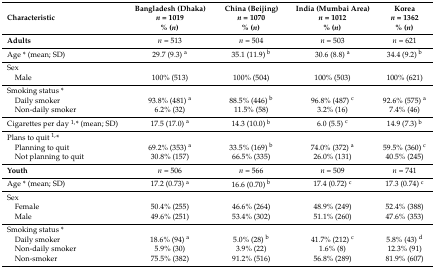
<table><thead><tr><td><b>Characteristic</b></td><td><b>Bangladesh (Dhaka)<i>n</i> = 1019% (<i>n</i>)</b></td><td><b>China (Beijing)<i>n</i> = 1070% (<i>n</i>)</b></td><td><b>India (Mumbai Area)<i>n</i> = 1012% (<i>n</i>)</b></td><td><b>Korea<i>n</i> = 1362% (<i>n</i>)</b></td></tr></thead><tbody><tr><td><b>Adults</b></td><td><i>n</i> = 513</td><td><i>n</i> = 504</td><td><i>n</i> = 503</td><td><i>n</i> = 621</td></tr><tr><td>Age * (mean; SD)</td><td>29.7 (9.3) <sup>a</sup></td><td>35.1 (11.9) <sup>b</sup></td><td>30.6 (8.8) <sup>a</sup></td><td>34.4 (9.2) <sup>b</sup></td></tr><tr><td>Sex</td><td></td><td></td><td></td><td></td></tr><tr><td> Male</td><td>100% (513)</td><td>100% (504)</td><td>100% (503)</td><td>100% (621)</td></tr><tr><td>Smoking status *</td><td></td><td></td><td></td><td></td></tr><tr><td> Daily smoker</td><td>93.8% (481) <sup>a</sup></td><td>88.5% (446) <sup>b</sup></td><td>96.8% (487) <sup>c</sup></td><td>92.6% (575) <sup>a</sup></td></tr><tr><td> Non-daily smoker</td><td>6.2% (32)</td><td>11.5% (58)</td><td>3.2% (16)</td><td>7.4% (46)</td></tr><tr><td>Cigarettes per day <sup>1,</sup>* (mean; SD)</td><td>17.5 (17.0) <sup>a</sup></td><td>14.3 (10.0) <sup>b</sup></td><td>6.0 (5.5) <sup>c</sup></td><td>14.9 (7.3) <sup>b</sup></td></tr><tr><td>Plans to quit <sup>1,</sup>*</td><td></td><td></td><td></td><td></td></tr><tr><td> Planning to quit</td><td>69.2% (353) <sup>a</sup></td><td>33.5% (169) <sup>b</sup></td><td>74.0% (372) <sup>a</sup></td><td>59.5% (360) <sup>c</sup></td></tr><tr><td> Not planning to quit</td><td>30.8% (157)</td><td>66.5% (335)</td><td>26.0% (131)</td><td>40.5% (245)</td></tr><tr><td><b>Youth</b></td><td><i>n</i> = 506</td><td><i>n</i> = 566</td><td><i>n</i> = 509</td><td><i>n</i> = 741</td></tr><tr><td>Age * (mean; SD)</td><td>17.2 (0.73) <sup>a</sup></td><td>16.6 (0.70) <sup>b</sup></td><td>17.4 (0.72) <sup>c</sup></td><td>17.3 (0.74) <sup>c</sup></td></tr><tr><td>Sex</td><td></td><td></td><td></td><td></td></tr><tr><td> Female</td><td>50.4% (255)</td><td>46.6% (264)</td><td>48.9% (249)</td><td>52.4% (388)</td></tr><tr><td> Male</td><td>49.6% (251)</td><td>53.4% (302)</td><td>51.1% (260)</td><td>47.6% (353)</td></tr><tr><td>Smoking status *</td><td></td><td></td><td></td><td></td></tr><tr><td> Daily smoker</td><td>18.6% (94) <sup>a</sup></td><td>5.0% (28) <sup>b</sup></td><td>41.7% (212) <sup>c</sup></td><td>5.8% (43) <sup>d</sup></td></tr><tr><td> Non-daily smoker</td><td>5.9% (30)</td><td>3.9% (22)</td><td>1.6% (8)</td><td>12.3% (91)</td></tr><tr><td> Non-smoker</td><td>75.5% (382)</td><td>91.2% (516)</td><td>56.8% (289)</td><td>81.9% (607)</td></tr></tbody></table>